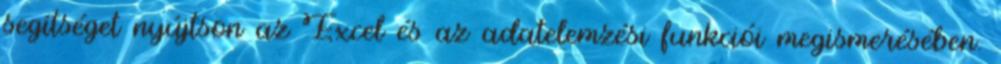
segítséget nyújtson az Excel és az adatelemzési funkciói megismerésében.